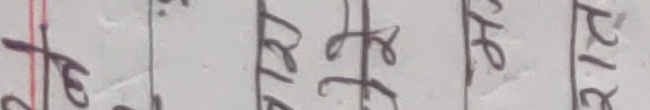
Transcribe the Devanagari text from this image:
केहि रेटमा २१५